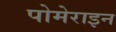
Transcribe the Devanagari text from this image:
पोमेराइन